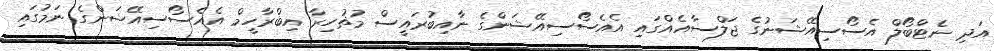
އަދި ނެޓްބޯލް އެސޯސިއޭޝަނުގެ ޖަލްސާއެއްގައި އެއެސޯސިއޭޝަންގެ ނާއިބުރައީސް މުޡުހިރާ އިބްރާހީމް އެއެސޯސިއޭޝަންގެ ނަމުގައި